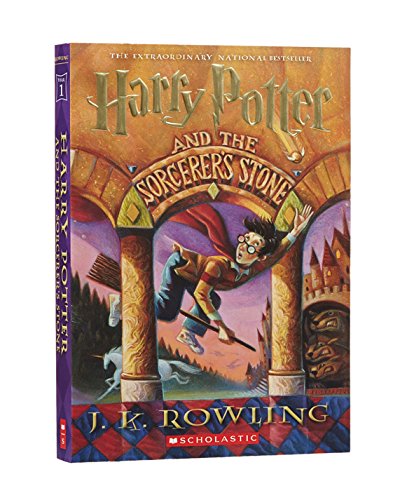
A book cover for Harry Potter and the Sorcerer's Stone; J.K. Rowling; Teen & Young Adult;